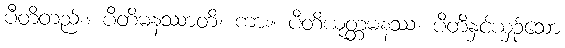
ပီတိတည်း။ ပီတိမနဿာတိ၊ ကား။ ပီတိယုတ္တမနဿ၊ ပီတိနှင့်ယှဉ်သော